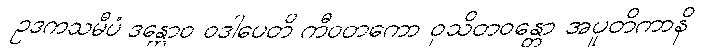
ဥဒကသမီပံ ဒန္တောဝ ဝဒါပေတိ ကီဝတကော ဝုသိတဝန္တော အပူတိကာနိ